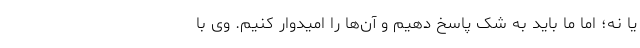
یا نه؛ اما ما باید به شک پاسخ دهیم و آن‌ها را امیدوار کنیم. وی با